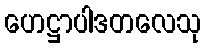
ဟေဋ္ဌာပါဒတလေသု